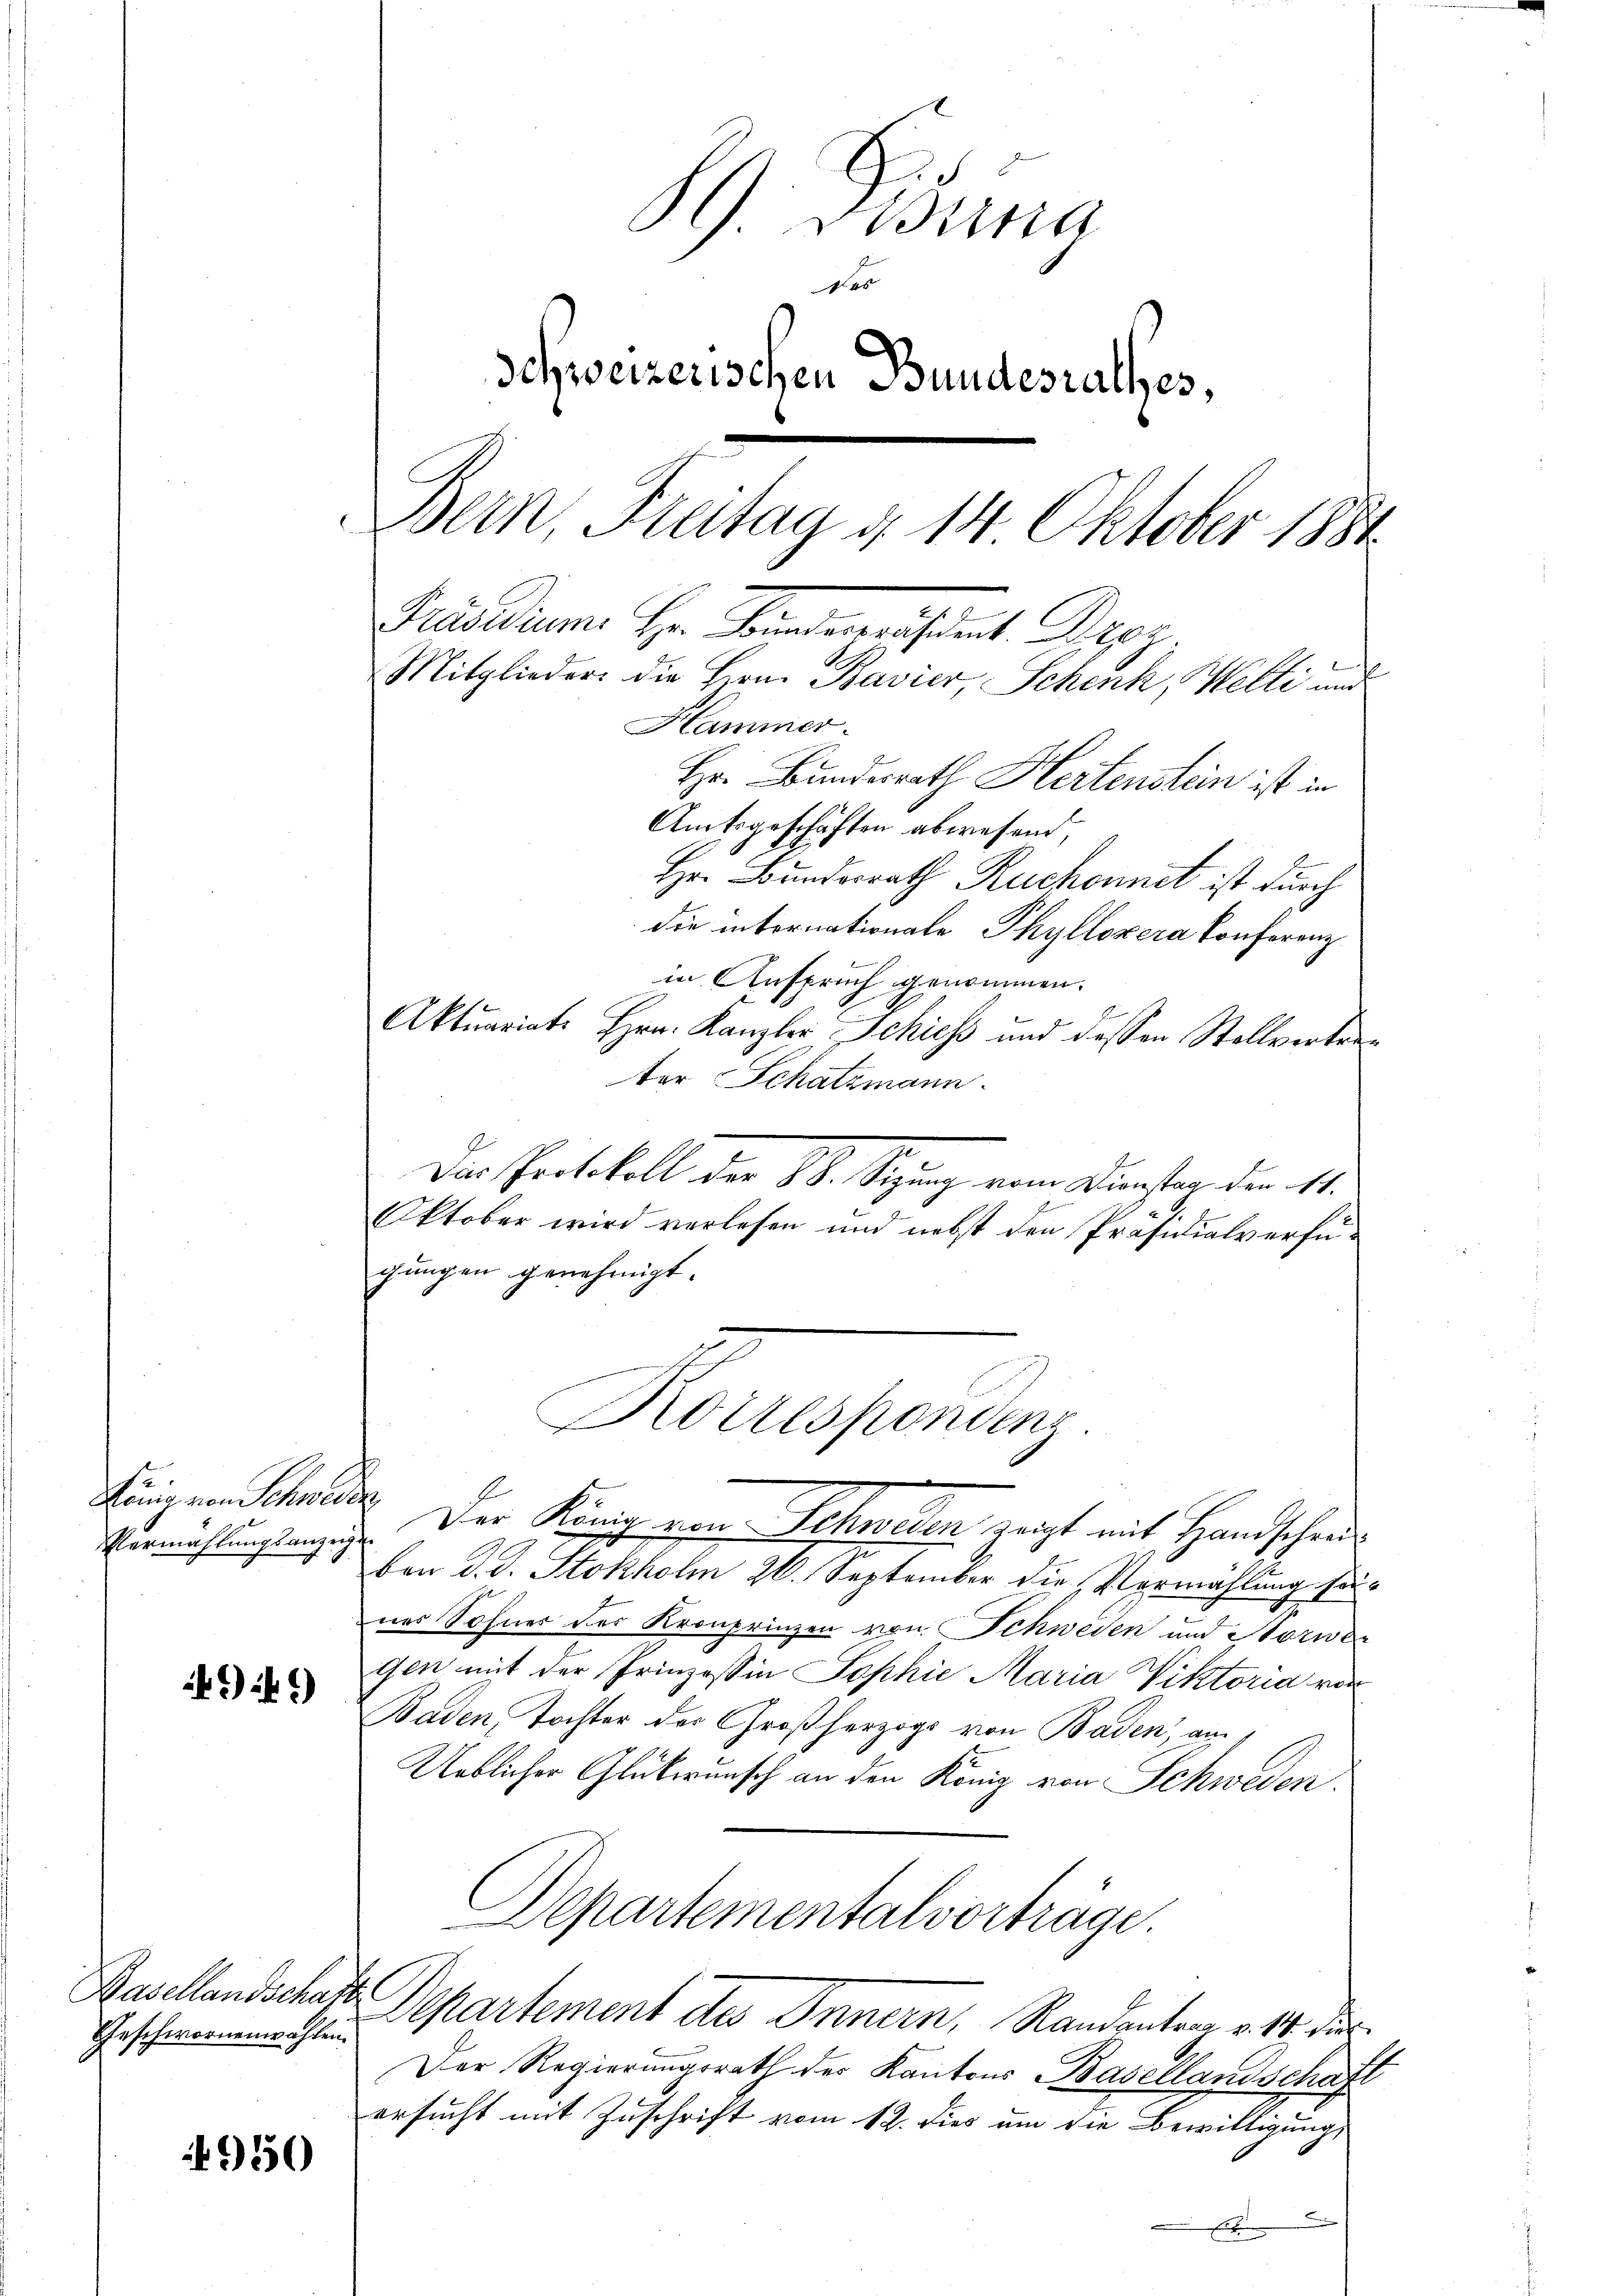
König von Schwere

49)

Geschwornenwahlen.

950

G. Eing
Schweizerischen Bundesrathes,
Bern, Freitag d. 14 Oktober 1881
Präsidium. Hr. Fernerisiert Proz.
Mitglieder die Herr Bavier, Schenk, Melli und
Hammer.

Hr. Bundesrath Hertenstein ist in
Amtsgeschäften abwesend,
Hr. Bunderrath Ruchonnet ist durch
die internationale Phyllozera Conferenz
in Anspruch genommen.
Aktuariats Hrn. Kanzler Schiess und dessen Stollvertretor Schatzmann.
Das Protokoll der St. Sigung vom Dienster den 11.
Oktober wird verlesen und nebst den Präsidialverfüchungen genehmigt. |
Eermissingungen. Der König von Schweden, zeigt mit Handscheid
ben d. J. Stokholm 26. September die Vermählung sonner Sohner der Kronprinzen von Schweden und Norwe
Gen mit der Prinzessin Sophie Maria Viktoria vor
Baden, Tochter der Großherzogs von Baden, au
Ueblicher Glückwunsch an den König von Schweden.
Departementalvorträge.
Basellandschaft. Departement des Innern, Randentrag v. 14 dur
Der Regierungsrath der Kantons Basellandschaft
ersucht mit Zuschrift vom 12. dies um die Bewilligung
E

Korrespondenz.